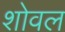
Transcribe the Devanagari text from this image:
शोवल